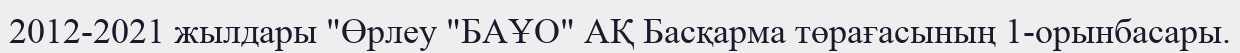
2012-2021 жылдары "Өрлеу "БАҰО" АҚ Басқарма төрағасының 1-орынбасары.